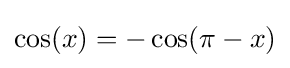
\cos(x)=-\cos(\pi -x)